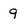
Character: 9